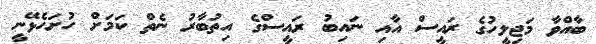
ބާއްވާ މަޖިލީހުގެ ރައީސް އާއި ނައިބު ރައީސްގެ އިތުބާރު ނެތް ކަމަށް ހުށަހެޅޭނީ